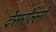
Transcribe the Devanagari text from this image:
देसर्रोल्लो